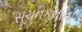
સૂચનકલાનો